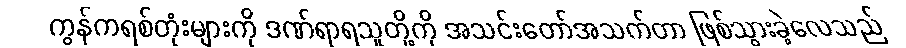
ကွန်ကရစ်တုံးများကို ဒဏ်ရာရသူတို့ကို အသင်းတော်အသက်တာ ဖြစ်သွားခဲ့လေသည်